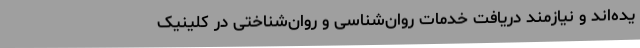
یده‌اند و نیازمند دریافت خدمات روان‌شناسی و روان‌شناختی در کلینیک